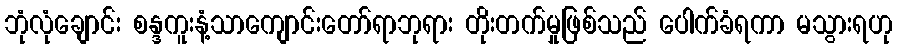
ဘုံလုံချောင်း စန္ဒကူးနံ့သာကျောင်းတော်ရာဘုရား တိုးတက်မှုဖြစ်သည် ပေါက်ခံရကာ မသွားရဟု